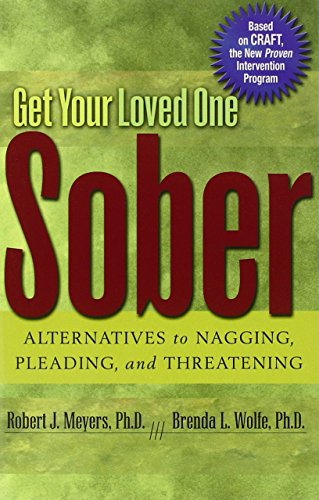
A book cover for Get Your Loved One Sober: Alternatives to Nagging, Pleading, and Threatening; Robert J. Meyers; Self-Help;